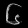
Digit: ၆